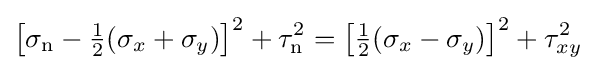
\left[\sigma _{\mathrm {n} }-{\tfrac {1}{2}}(\sigma _{x}+\sigma _{y})\right]^{2}+\tau _{\mathrm {n} }^{2}=\left[{\tfrac {1}{2}}(\sigma _{x}-\sigma _{y})\right]^{2}+\tau _{xy}^{2}\,\!